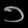
Digit: ၁